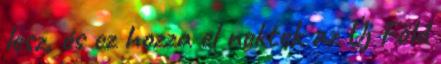
lesz, és ez hozza el nektek az Új Föld